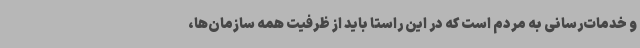
و خدمات‌رسانی به مردم است که در این راستا باید از ظرفیت همه سازمان‌ها،